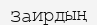
Заирдың